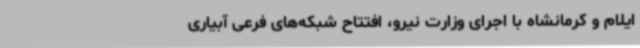
ایلام و کرمانشاه با اجرای وزارت نیرو، افتتاح شبکه‌های فرعی آبیاری